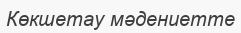
Көкшетау мәдениетте